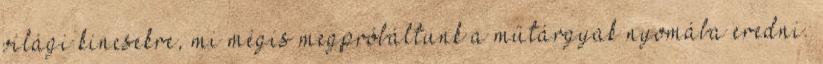
világi kincsekre, mi mégis megpróbáltunk a műtárgyak nyomába eredni.